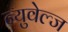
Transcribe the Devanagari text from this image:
न्युवेल्ज